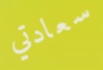
سعادتي